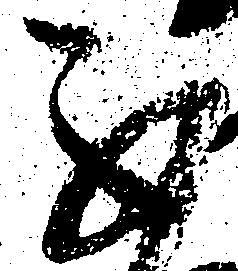
不